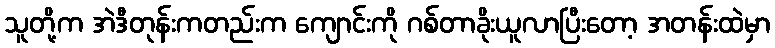
သူတို့က အဲဒီတုန်းကတည်းက ကျောင်းကို ဂစ်တာခိုးယူလာပြီးတော့ အတန်းထဲမှာ